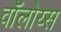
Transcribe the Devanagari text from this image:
वॉलोय्स